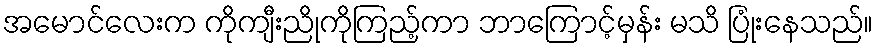
အမောင်လေးက ကိုကျီးညိုကိုကြည့်ကာ ဘာကြောင့်မှန်း မသိ ပြုံးနေသည်။